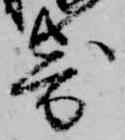
寄